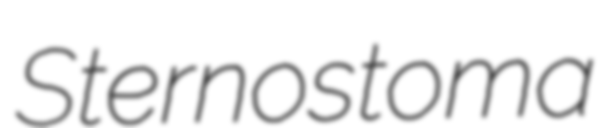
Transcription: Sternostoma